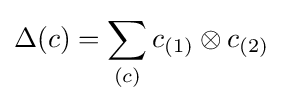
\Delta (c)=\sum _{(c)}c_{(1)}\otimes c_{(2)}